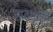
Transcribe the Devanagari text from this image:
सप्तशृंगीने